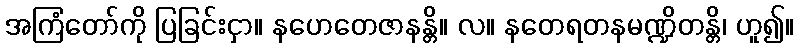
အကြံတော်ကို ပြခြင်းငှာ။ နဟေတေဇာနန္တိ။ လ။ နတေရတနမဏ္ဍိတန္တိ၊ ဟူ၍။